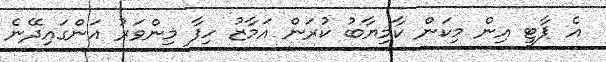
އެ ޕާޓީ އިން މިކަން ކާމިޔާބު ކުރަން އަމާޒު ހިފާ މިންވަރު އަންގައިދޭނެ